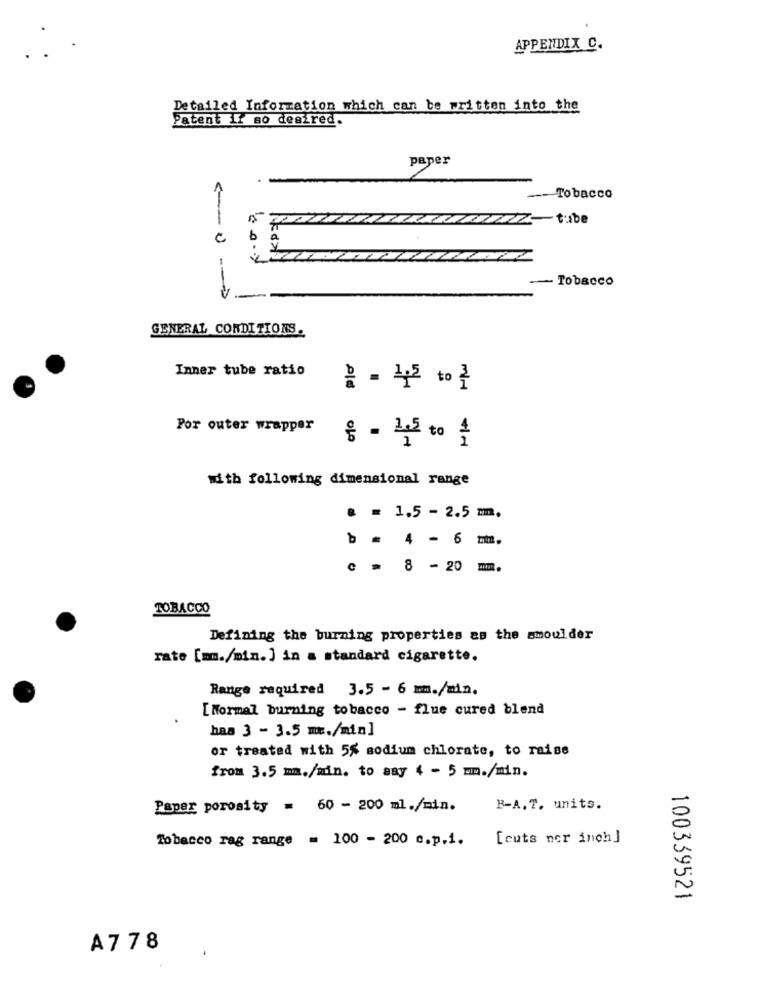
APPENDIX C.
Detailed Information which can be written into the
Patent 11 so desired.
paper
Tobacco
-- Tobacco
GENERAL CONDITIONS.
Inner tube ratio
m/H
Por outer wrapper
§ - 25 to 4
with following dimensional range
@ = 1.5 - 2.5 m.
b = 4 - 6 mm.
c = 8 -20 m.
TOBACCO
Defining the burning properties as the smoulder
rate [mm./min. ] in a standard cigarette.
Range required 3.5 - 6 mm./min.
[ Normal burning tobacco - flue cured blend
has 3 - 3.5 m./min]
or treated with 5% sodium chlorate, to raise
from 3.5 mm./min. to aay 4 - 5 mmm./min.
Paper porosity = 60 - 200 ml./min.
B-A.T. units.
Tobacco rag range = 100 - 200 c.p.1.
[cuts nor inch]
100339521
A778